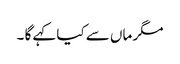
مگر ماں سے کیا کہے گا ۔